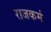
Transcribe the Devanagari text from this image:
राजकर्म